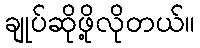
ချုပ်ဆိုဖို့လိုတယ်။